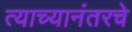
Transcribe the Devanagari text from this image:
त्याच्यानंतरचे